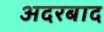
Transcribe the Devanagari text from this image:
अदरबाद